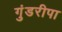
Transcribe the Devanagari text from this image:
गुंडरीपा